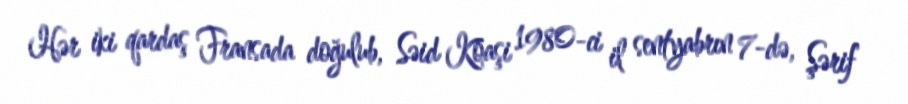
Hər iki qardaş Fransada doğulub, Səid Koaşi 1980-ci il sentyabrın 7-də, Şərif